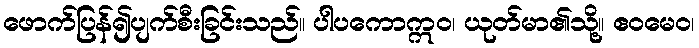
ဖောက်ပြန်၍ပျက်စီးခြင်းသည်။ ပါပကောဣဝ၊ ယုတ်မာ၏သို့။ ဧဝမေဝ၊